Vaccination in Bombay 1856-1862 - 1856-1862
Year: 1856
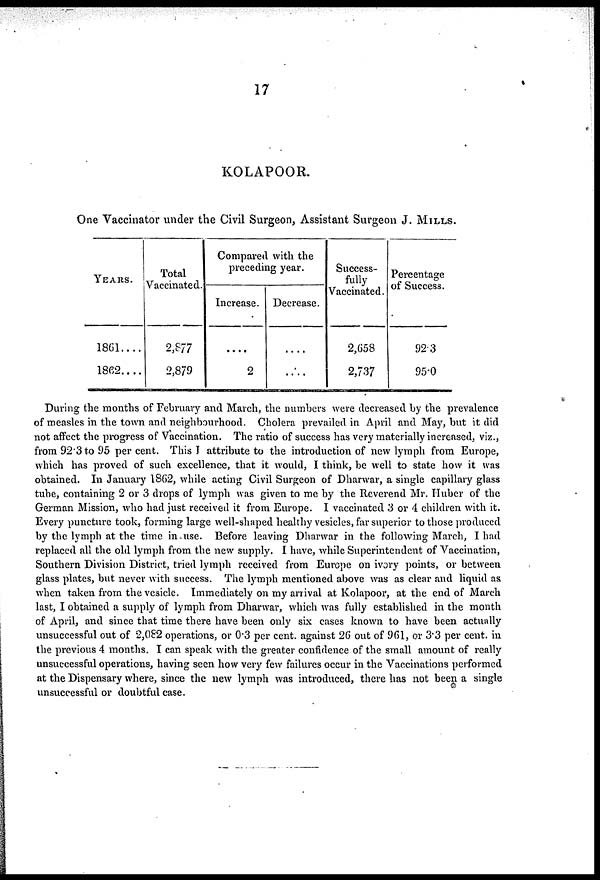
17
KOLAPOOR.
One Vaccinator under the Civil Surgeon, Assistant Surgeon J. MILLS.
YEARS.
1861....
1862....
Total
Vaccinated.
2,877
2,879
Compared with the
preceding year.
Increase.
....
2
Decrease.
....
....
Success-
fully
Vaccinated.
2,658
2,737
Percentage
of Success.
92.3
95.0
During the months of February and March, the numbers were decreased by the prevalence
of measles in the town and neighbourhood. Cholera prevailed in April and May, but it did
not affect the progress of Vaccination. The ratio of success has very materially increased, viz.,
from 92.3 to 95 per cent. This I attribute to the introduction of new lymph from Europe,
which has proved of such excellence, that it would, I think, be well to state how it was
obtained. In January 1862, while acting Civil Surgeon of Dharwar, a single capillary glass
tube, containing 2 or 3 drops of lymph was given to me by the Reverend Mr. Huber of the
German Mission, who had just received it from Europe. I vaccinated 3 or 4 children with it.
Every puncture took, forming large well-shaped healthy vesicles, far superior to those produced
by the lymph at the time in use. Before leaving Dharwar in the following March, I had
replaced all the old lymph from the new supply. I have, while Superintendent of Vaccination,
Southern Division District, tried lymph received from Europe on ivory points, or between
glass plates, but never with success. The lymph mentioned above was as clear and liquid as
when taken from the vesicle. Immediately on my arrival at Kolapoor, at the end of March
last, I obtained a supply of lymph from Dharwar, which was fully established in the month
of April, and since that time there have been only six cases known to have been actually
unsuccessful out of 2,082 operations, or 0.3 per cent. against 26 out of 961, or 3.3 per cent. in
the previous 4 months. I can speak with the greater confidence of the small amount of really
unsuccessful operations, having seen how very few failures occur in the Vaccinations performed
at the Dispensary where, since the new lymph was introduced, there has not been a single
unsuccessful or doubtful case.